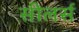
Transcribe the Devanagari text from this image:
सीलर्स